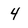
Character: 4